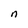
Character: n